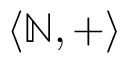
\langle \mathbb { N } , + \rangle